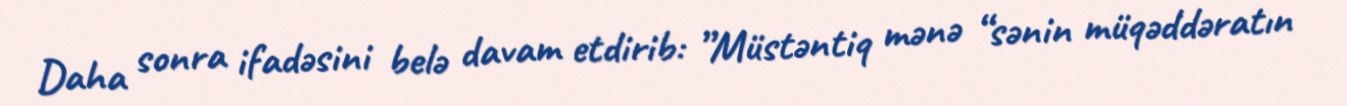
Daha sonra ifadəsini belə davam etdirib: ”Müstəntiq mənə “sənin müqəddəratın